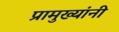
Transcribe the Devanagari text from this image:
प्रामुख्यांनी